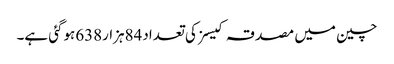
چین میں مصدقہ کیسز کی تعداد84ہزار638ہوگئی ہے۔